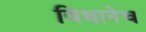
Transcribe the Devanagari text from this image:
विधानेच